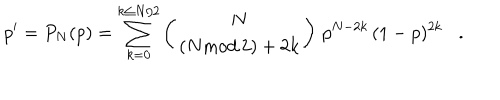
LaTeX: p ^ { \prime } = P _ { N } ( p ) = \sum _ { k = 0 } ^ { k \le N / 2 } \left( \begin{array} { c } { { N } } \\ { { ( N \mathrm { m o d } \, 2 ) + 2 k } } \\ \end{array} \right) \, p ^ { N - 2 k } \, ( 1 - p ) ^ { 2 k } \, \, \, \, \, . \, \, \, \, \,